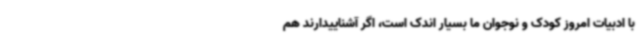
با ادبیات امروز کودک و نوجوان ما بسیار اندک است، اگر آشناییدارند هم